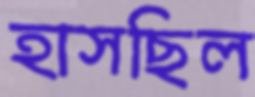
হাসছিল